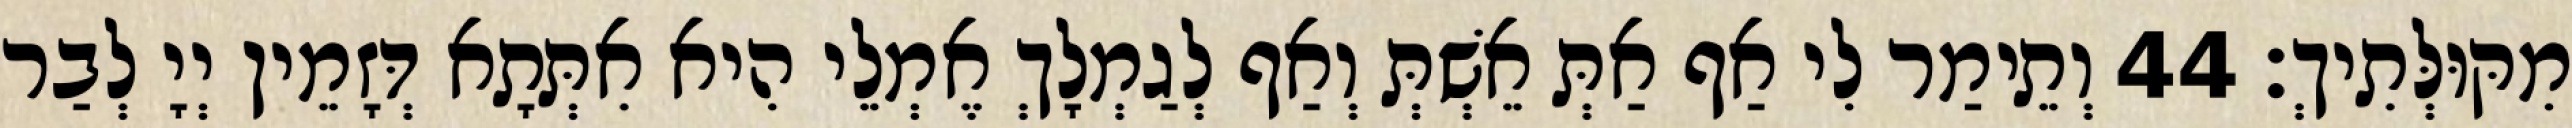
מִקּוּלְּתִיךְ׃ 44 וְתֵימַר לִי אַף אַתְּ אֵשְׁתְּ וְאַף לְגַמְלָךְ אֶמְלֵי הִיא אִתְּתָא דְּזָמֵין יְיָ לְבַר